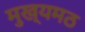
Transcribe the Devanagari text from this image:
मुख्यमठ